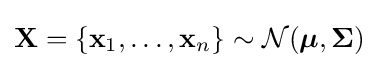
\mathbf {X} =\{\mathbf {x} _{1},\dots ,\mathbf {x} _{n}\}\sim {\mathcal {N}}({\boldsymbol {\mu }},{\boldsymbol {\Sigma }})